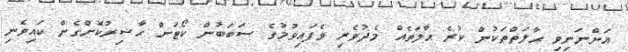
އަންނަނިވި ޙާލަތްތަކުން ކުރެ ޙާލަތެއް މެދުވެރި ވެފައިވުމުގެ ސަބަބުން ކޯޓަށް ޙާޟިރުކޮށްގެން ކައިވެނި